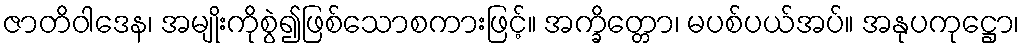
ဇာတိဝါဒေန၊ အမျိုးကိုစွဲ၍ဖြစ်သောစကားဖြင့်။ အက္ခိတ္တော၊ မပစ်ပယ်အပ်။ အနုပကုဋ္ဌော၊